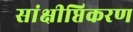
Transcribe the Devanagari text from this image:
सांक्षीप्तिकरण